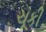
ચૂકી